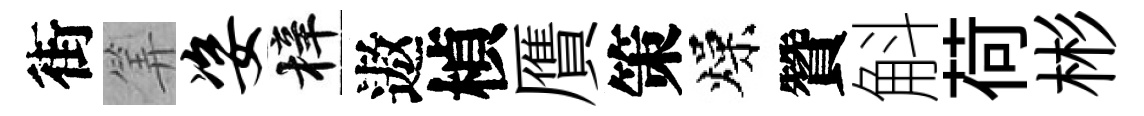
街筭姿梓遨楨贋策燥贊斛荷彬